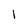
Character: 1